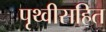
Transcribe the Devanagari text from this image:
पृथ्वीसहित